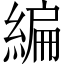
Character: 編